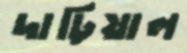
দাঢ়িয়াল